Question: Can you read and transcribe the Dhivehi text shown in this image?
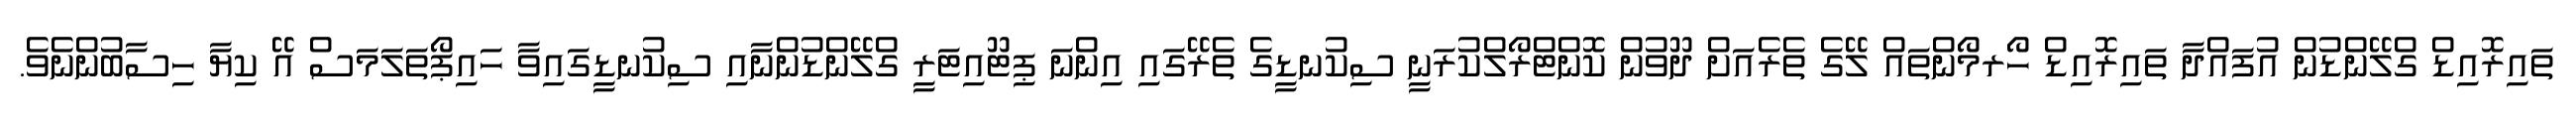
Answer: ތައިރޮއިޑް ގްލޭންޑުން އުފައްދާ ތައިރޮއިޑް ހޯރމޯންތައް ލޭގެ ތެރެއަށް ދޫވުން ކޮންޓްރޯލްކުރަނީ ސިކުނޑީގެ ތެރޭގައި އިންނަ ޕިޓޫއިޓަރީ ގްލޭންޑުންނާއި ސިކުނޑީގައިވާ ހައިޕޯތަލަމަސް އޭ ކިޔާ ހިސާބުންނެވެ.